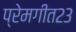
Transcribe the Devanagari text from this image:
प्रेमगीत२३